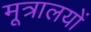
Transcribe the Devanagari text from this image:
मूत्रालयों